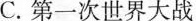
C.第一次世界大战